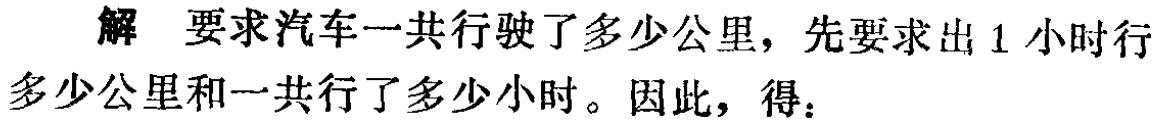
解 要求汽车一共行驶了多少公里，先要求出1小时行多少公里和一共行了多少小时。因此，得：